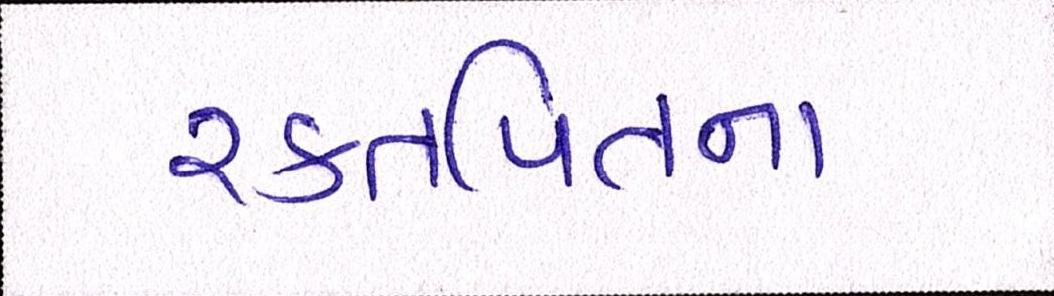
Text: રક્તપિતના